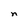
Character: n